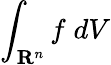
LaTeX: \int_{\mathbf{R}^{n}}f\; dV